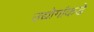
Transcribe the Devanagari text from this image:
उद्योगांकडे